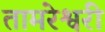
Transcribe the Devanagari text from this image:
तामरेश्वरी